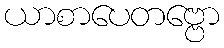
ယာစာပေတဗ္ဗော